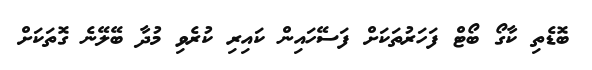
ބޮޑެތި ކާގޯ ބޯޓް ފަހަރުތަކަށް ފަސޭހައިން ކައިރި ކުރެވި މުދާ ބޭލޭނެ ގޮތަކަށް